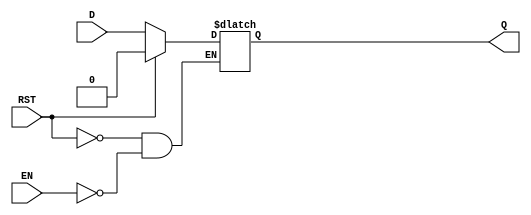
module async_register (
    input wire D,     // Data Input
    input wire EN,    // Enable
    input wire RST,   // Asynchronous Reset
    output reg Q      // Data Output
);

// Asynchronous reset and enable behavior
always @(*) begin
    if (RST) begin
        Q <= 1'b0;    // Set output to 0 on reset
    end else if (EN) begin
        Q <= D;       // Capture data input when enabled
    end
    // If RST is low and EN is low, Q retains its previous value
end

endmodule